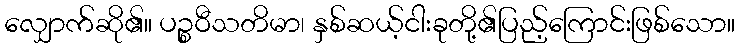
လျှောက်ဆို၏။ ပဉ္စဝီသတိမာ၊ နှစ်ဆယ့်ငါးခုတို့၏ပြည့်ကြောင်းဖြစ်သော။